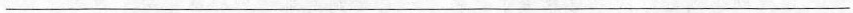
___